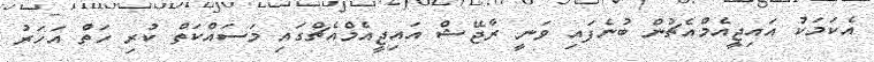
އެކަމަކު އައިޖީއެމްއެޗުން ބުނެފައި ވަނީ ރާޖޭޝް އައިޖީއެމްއެޗްގައި މަސައްކަތް ކުރި ހަތް އަހަރު